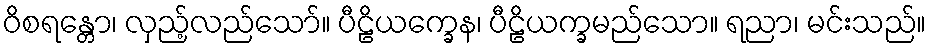
ဝိစရန္တော၊ လှည့်လည်သော်။ ပီဠိယက္ခေန၊ ပီဠိယက္ခမည်သော။ ရညာ၊ မင်းသည်။